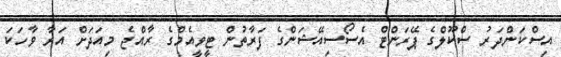
އިސްކަންދަރު ސްކޫލްގެ ޕޭރަންޓް އެސޯސިއޭޝަންގެ ފަރާތުން ޓީވީއެމްގެ ރާއްޖެ މިއަދަށް އަރާ ވާހަކަ